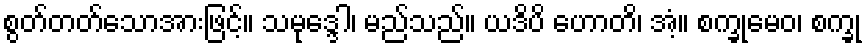
စွတ်တတ်သောအားဖြင့်။ သမုဒ္ဒေါ၊ မည်သည်။ ယဒိပိ ဟောတိ၊ အံ့။ စက္ခုမေဝ၊ စက္ခု